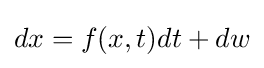
dx=f(x,t)dt+dw